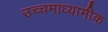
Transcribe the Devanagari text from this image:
उच्चमाध्यामीक